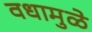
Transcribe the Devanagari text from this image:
वधामुळे